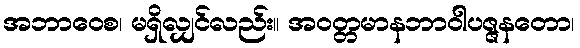
အဘာဝေစ၊ မရှိလျှင်လည်း။ အဝတ္တမာနဘာဝါပဇ္ဇနတော၊